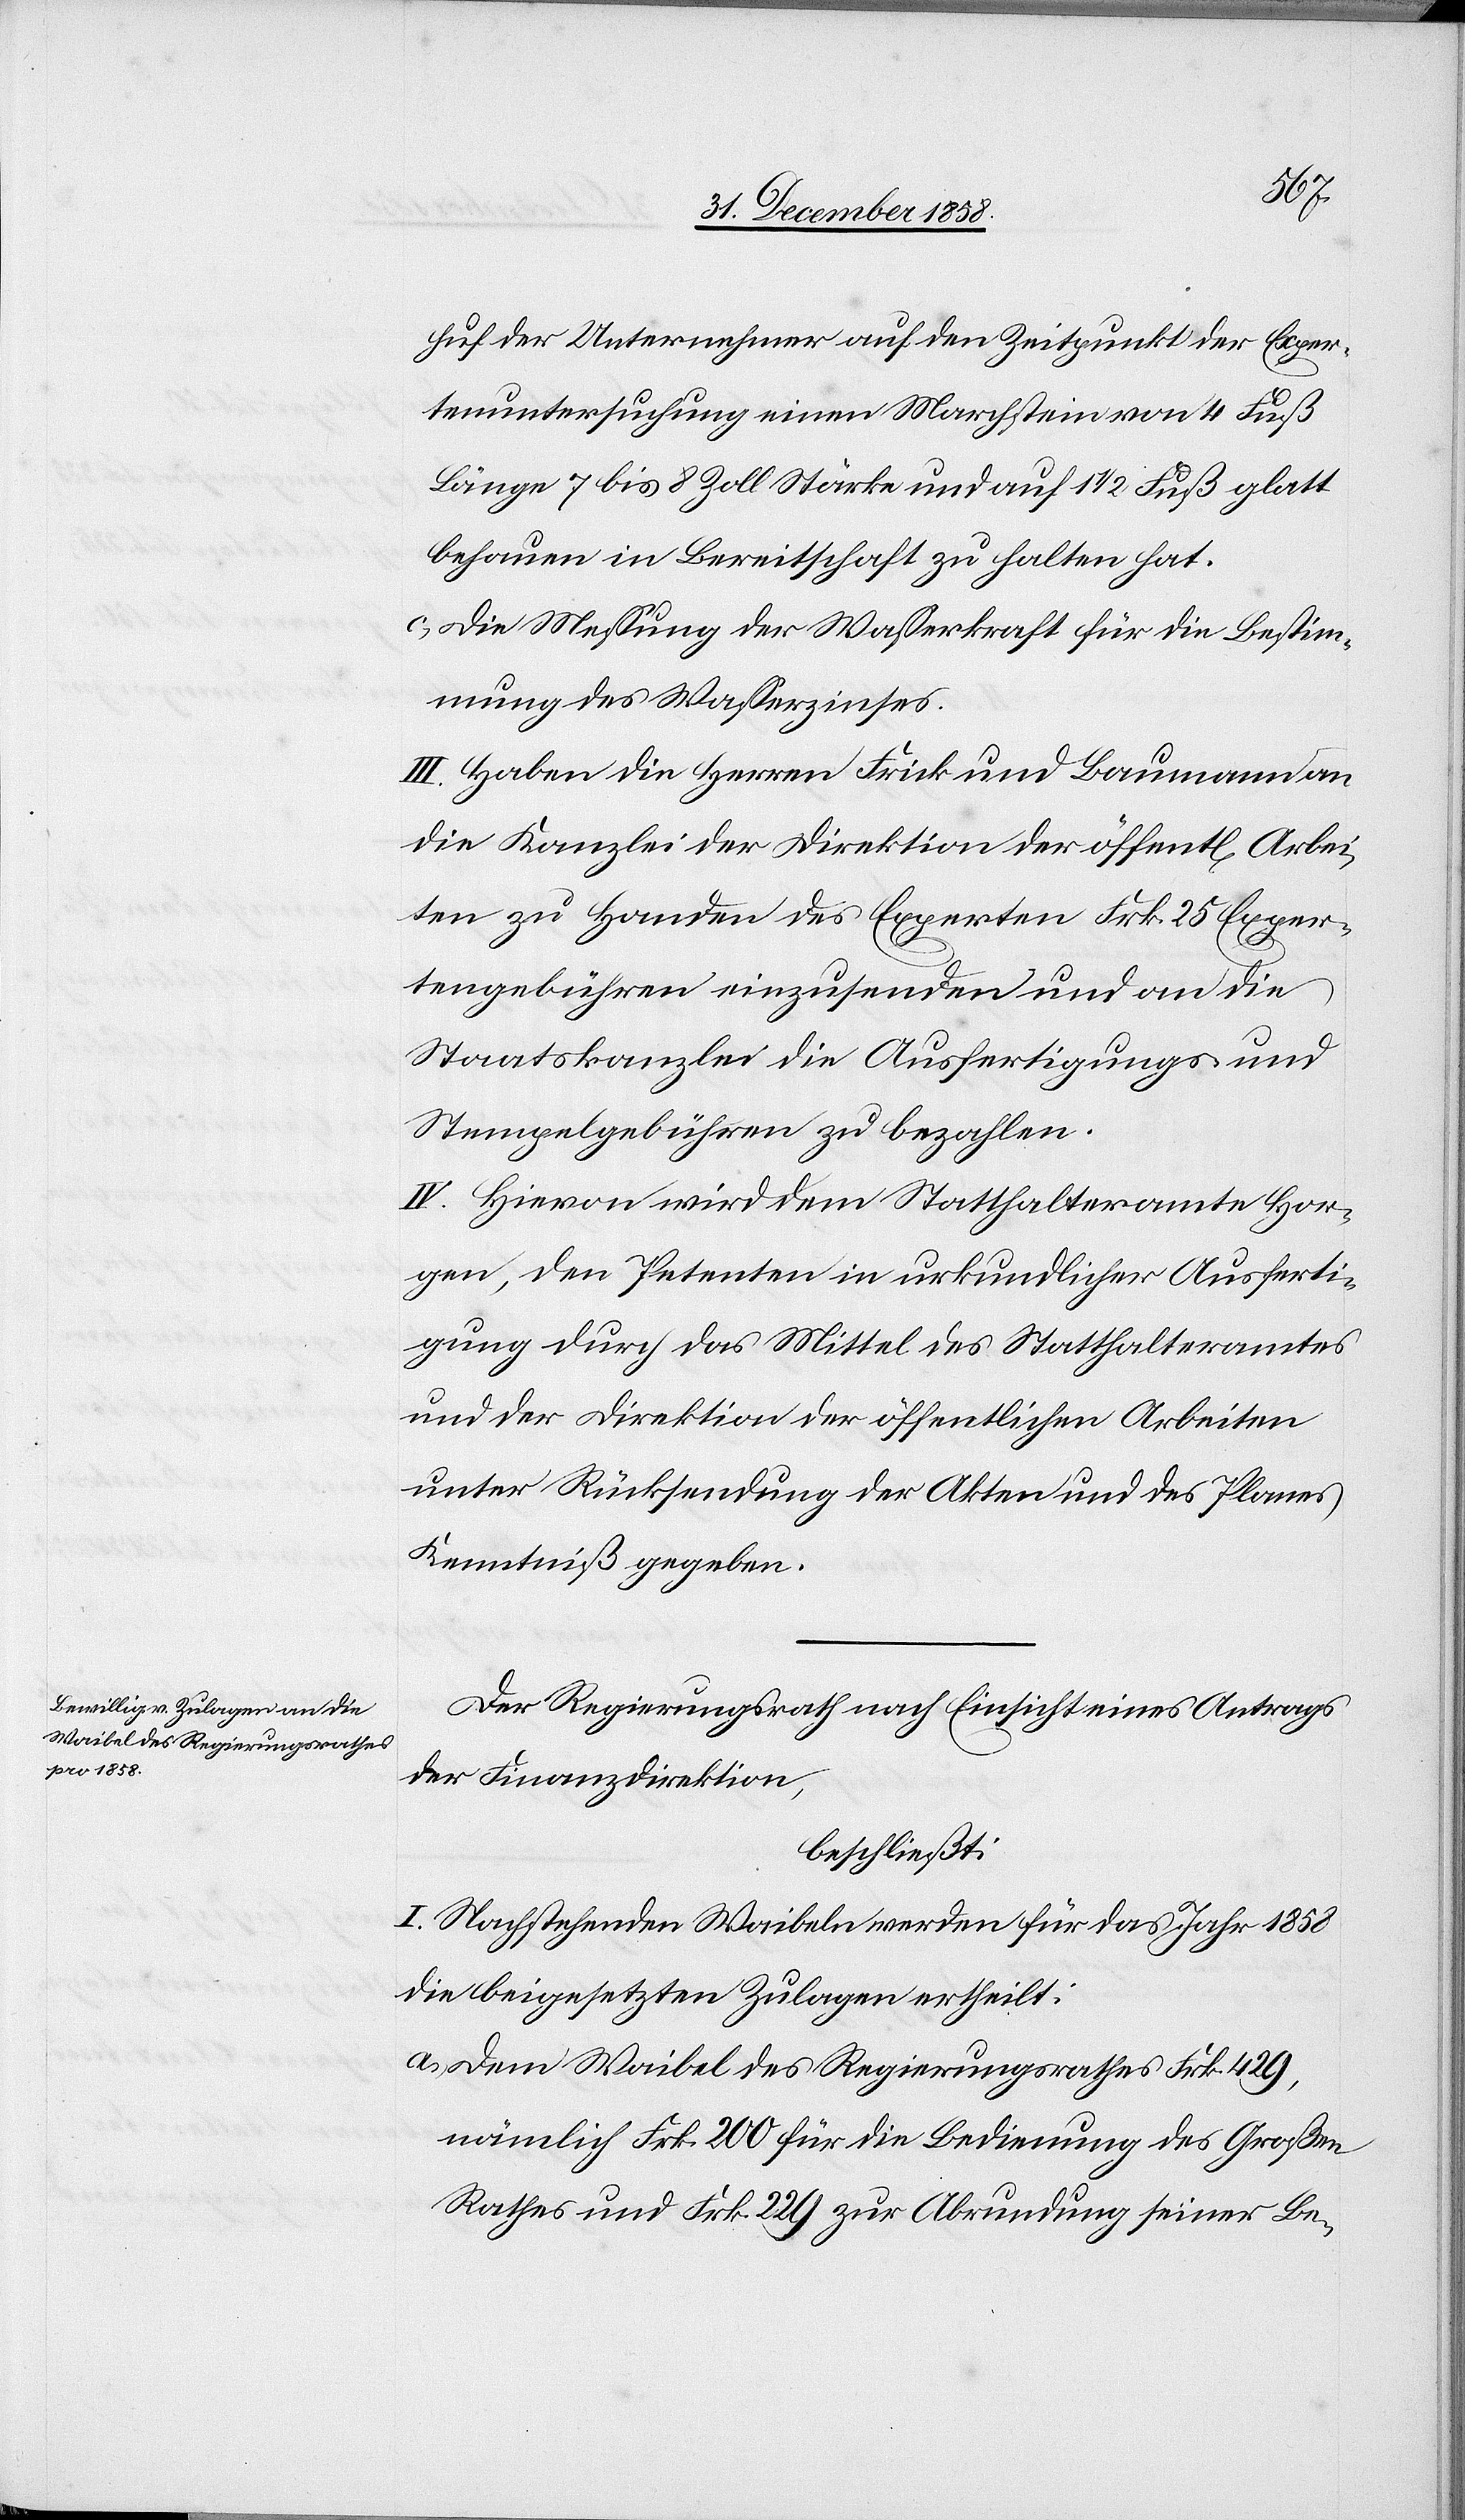
Rp.